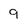
Character: 9